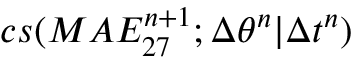
c s ( M A E _ { 2 7 } ^ { n + 1 } ; \Delta \theta ^ { n } | \Delta t ^ { n } )